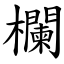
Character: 欄